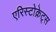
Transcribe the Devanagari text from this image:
एरिस्टोक्रेट्स